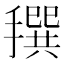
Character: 𢵬